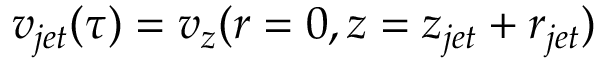
v _ { j e t } ( \tau ) = v _ { z } ( r = 0 , z = z _ { j e t } + r _ { j e t } )